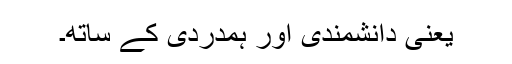
یعنی دانشمندی اور ہمدردی کے ساتھ۔